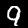
Label: 9